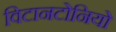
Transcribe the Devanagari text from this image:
विटानटोनियो